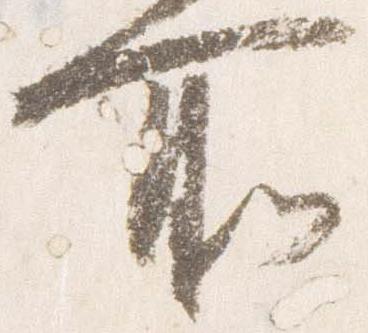
所